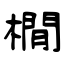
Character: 橌